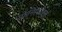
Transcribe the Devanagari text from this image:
स्फेनिस्कीडाई